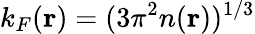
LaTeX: k_{F}(\mathbf{r})=(3\pi^{2}n(\mathbf{r}))^{1/3}